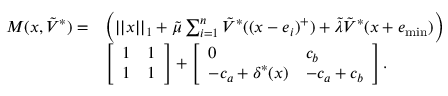
\begin{array} { r l } { M ( x , \tilde { V } ^ { * } ) = } & { \Big ( | | x | | _ { 1 } + \tilde { \mu } \sum _ { i = 1 } ^ { n } \tilde { V } ^ { * } ( ( x - e _ { i } ) ^ { + } ) + \tilde { \lambda } \tilde { V } ^ { * } ( x + e _ { \operatorname* { m i n } } ) \Big ) } \\ & { \left[ \begin{array} { l l } { 1 } & { 1 } \\ { 1 } & { 1 } \end{array} \right] + \left[ \begin{array} { l l } { 0 } & { c _ { b } } \\ { - c _ { a } + \delta ^ { * } ( x ) } & { - c _ { a } + c _ { b } } \end{array} \right] . } \end{array}